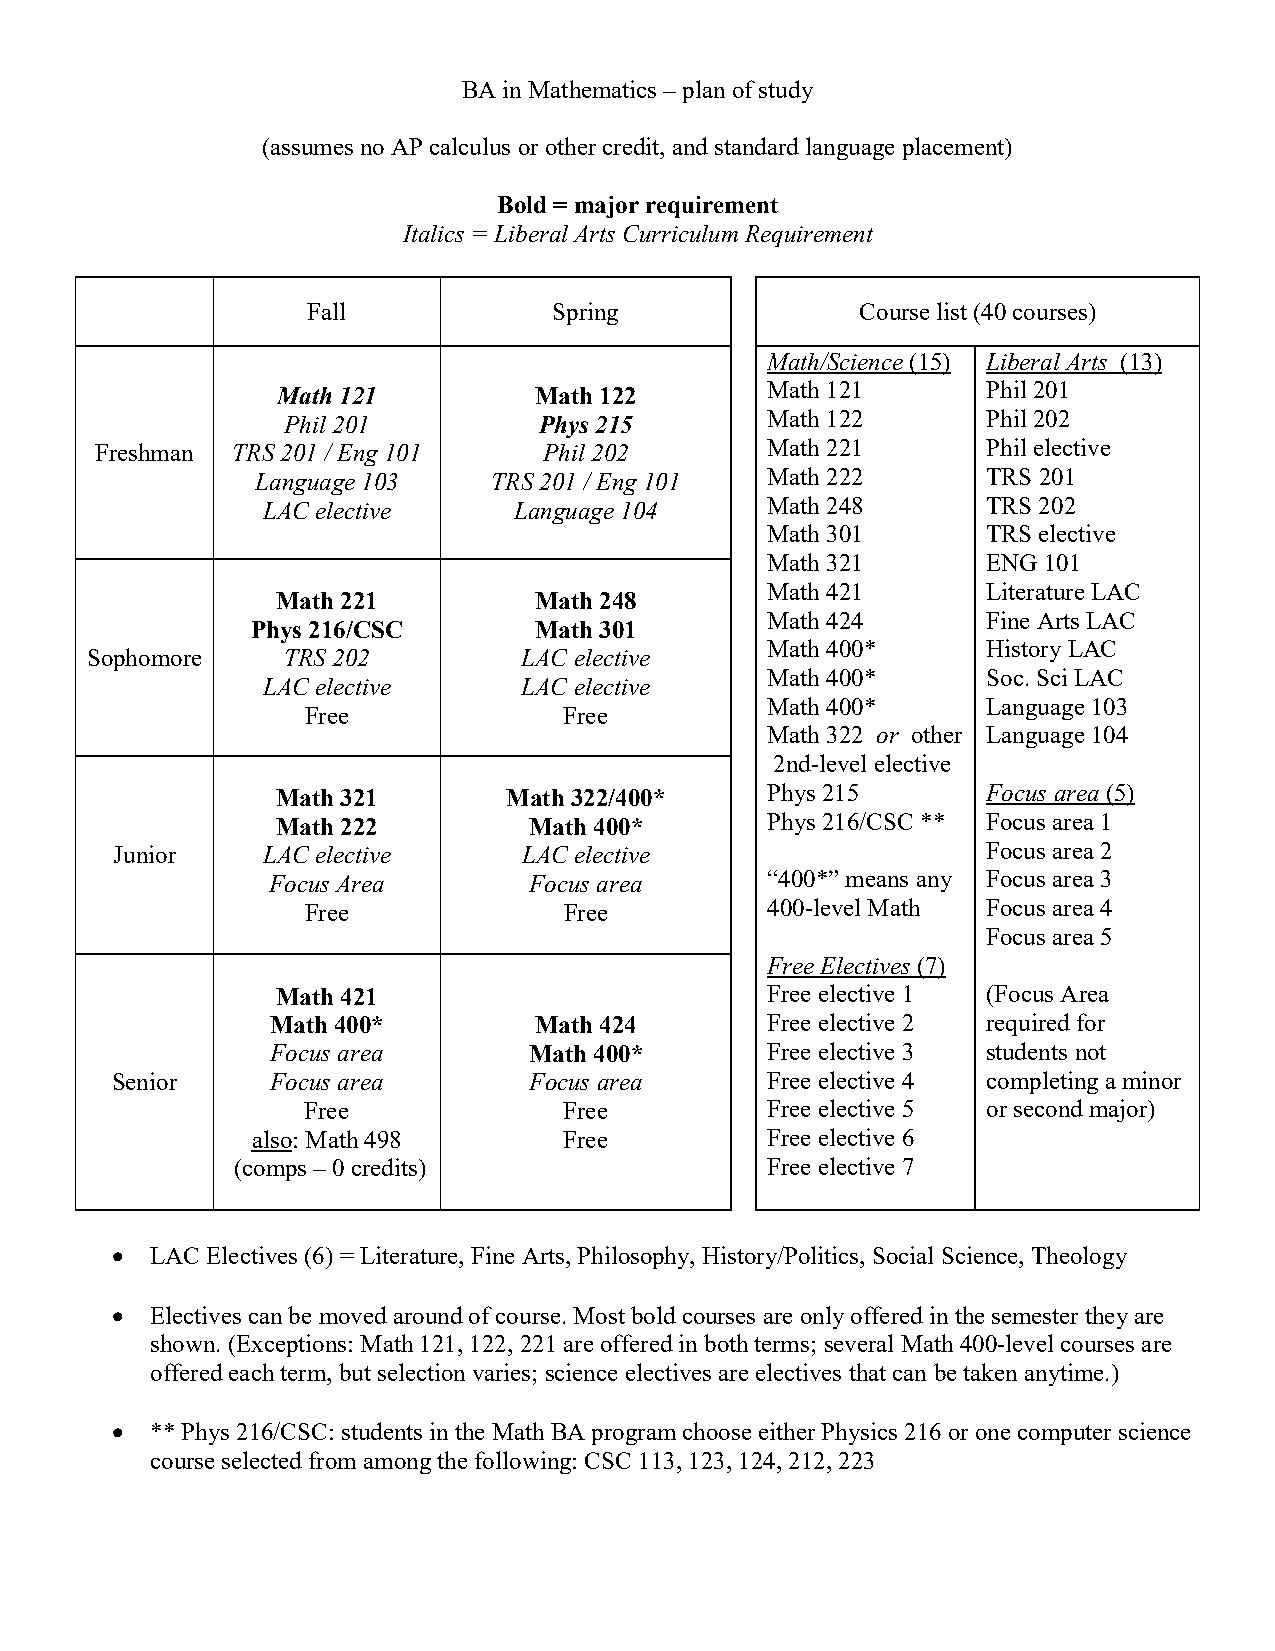
BA in Mathematics – plan of study
 (assumes no AP calculus or other credit, and standard language placement)
 Bold = major requirement
 Italics = Liberal Arts Curriculum Requirement
 Fall             Spring              Course list (40 courses)
 Math/Science (15) Liberal Arts (13)
 Math 121         Math 122        Math 121      Phil 201
 Phil 201         Phys 215       Math 122      Phil 202
 Freshman TRS 201 / Eng 101    Phil 202       Math 221      Phil elective
 Language 103    TRS 201 / Eng 101 Math 222      TRS 201
 LAC elective     Language 104     Math 248      TRS 202
 Math 301      TRS elective
 Math 321      ENG 101
 Math 421      Literature LAC
 Math 221         Math 248
 Math 424      Fine Arts LAC
 Phys 216/CSC      Math 301
 Math 400*     History LAC
 Sophomore    TRS 202         LAC elective
 Math 400*     Soc. Sci LAC
 LAC elective      LAC elective
 Math 400*     Language 103
 Free             Free
 Math 322 or other Language 104
 2nd-level elective
 Math 321        Math 322/400*    Phys 215      Focus area (5)
 Math 222         Math 400*       Phys 216/CSC ** Focus area 1
 Junior    LAC elective      LAC elective                  Focus area 2
 Focus Area       Focus area      “400*” means any Focus area 3
 Free             Free          400-level Math Focus area 4
 Focus area 5
 Free Electives (7)
 Math 421                         Free elective 1 (Focus Area
 Math 400*        Math 424        Free elective 2 required for
 Focus area       Math 400*       Free elective 3 students not
 Senior     Focus area       Focus area      Free elective 4 completing a minor
 Free             Free          Free elective 5 or second major)
 also: Math 498      Free          Free elective 6
 (comps – 0 credits)                 Free elective 7
 •  LAC Electives (6) = Literature, Fine Arts, Philosophy, History/Politics, Social Science, Theology
 •  Electives can be moved around of course. Most bold courses are only offered in the semester they are
 shown. (Exceptions: Math 121, 122, 221 are offered in both terms; several Math 400-level courses are
 offered each term, but selection varies; science electives are electives that can be taken anytime.)
 •  ** Phys 216/CSC: students in the Math BA program choose either Physics 216 or one computer science
 course selected from among the following: CSC 113, 123, 124, 212, 223